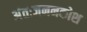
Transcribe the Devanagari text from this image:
अंतःजननकोश